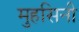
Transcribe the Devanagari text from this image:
मुहसिनी